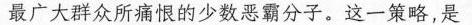
最广大群众所痛恨的少数恶霸分子。这一策略，是